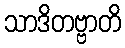
သာဒိတဗ္ဗာတိ